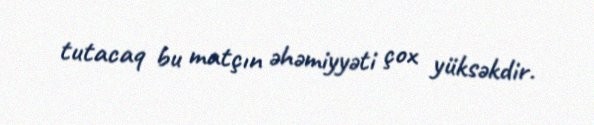
tutacaq bu matçın əhəmiyyəti çox yüksəkdir.